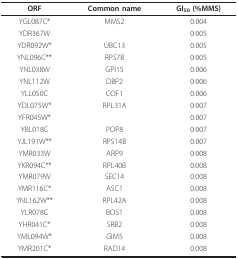
| ORF | Common name | GI50 (%MMS) |
 | --- | --- | --- |
 | YGL087C* | MMS2 | 0.004 |
 | YDR367W |  | 0.005 |
 | YDR092W* | UBC13 | 0.005 |
 | YNL096C** | RPS7B | 0.005 |
 | YNL038W | GPI15 | 0.006 |
 | YNL112W | DBP2 | 0.006 |
 | YLL050C | COF1 | 0.006 |
 | YDL075W* | RPL31A | 0.007 |
 | YFR045W* |  | 0.007 |
 | YBL018C | POP8 | 0.007 |
 | YJL191W** | RPS14B | 0.007 |
 | YMR033W | ARP9 | 0.008 |
 | YKR094C** | RPL40B | 0.008 |
 | YMR079W | SEC14 | 0.008 |
 | YMR116C* | ASC1 | 0.008 |
 | YNL162W** | RPL42A | 0.008 |
 | YLR078C | BOS1 | 0.008 |
 | YHR041C* | SRB2 | 0.008 |
 | YML094W* | GIM5 | 0.008 |
 | YMR201C* | RAD14 | 0.008 |